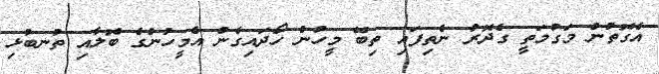
އެގޮތުން މަގުމަތީ ގެދޮރު ނެތިފައި ތިބޭ މީހުން ހޯދައިގެން އެމީހުންގެ ބޮލާއި ތުނބުޅި